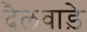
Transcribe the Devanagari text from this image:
दैलवाड़े